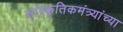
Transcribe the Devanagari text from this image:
सांस्कृतिकमंत्र्यांच्या